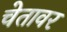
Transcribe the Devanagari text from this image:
चेतावर